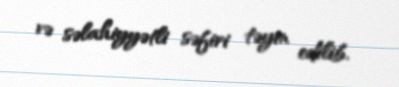
və səlahiyyətli səfiri təyin edilib.